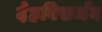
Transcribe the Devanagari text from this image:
देहविसर्जन